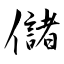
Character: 儲